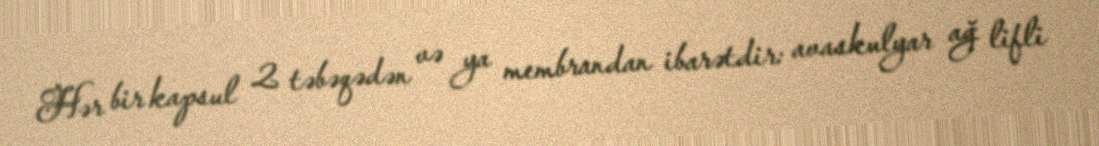
Hər bir kapsul 2 təbəqədən və ya membrandan ibarətdir: avaskulyar ağ lifli